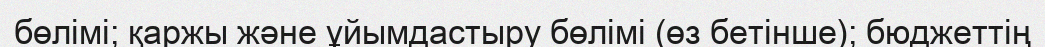
бөлімі; қаржы және ұйымдастыру бөлімі (өз бетінше); бюджеттің